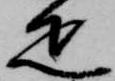
疋